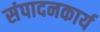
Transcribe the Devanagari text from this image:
संपादनकार्य